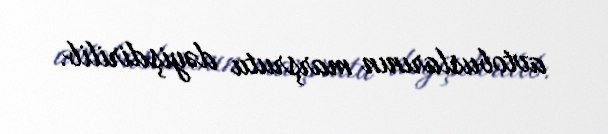
avtobuslarının marşrutu dəyişdirilib.